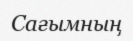
Сағымның